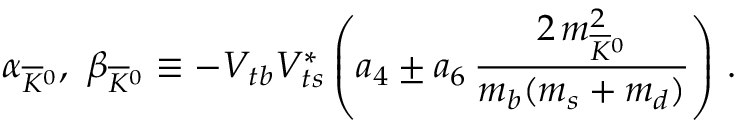
\alpha _ { \overline { { K } } { } ^ { 0 } } , \ \beta _ { \overline { { K } } { } ^ { 0 } } \equiv - V _ { t b } V _ { t s } ^ { * } \left( a _ { 4 } \pm a _ { 6 } \, \frac { 2 \, m _ { \overline { { K } } { } ^ { 0 } } ^ { 2 } } { m _ { b } ( m _ { s } + m _ { d } ) } \right) \, .